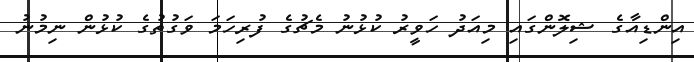
އިންޑިއާގެ ޝިލޮންގައި މިއަދު ހަވީރު ކުޅުނު މެޗުގެ ފުރިހަމަ ވަގުތުގެ ކުޅުން ނިމުނު